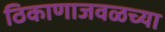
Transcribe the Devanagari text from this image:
ठिकाणाजवळच्या